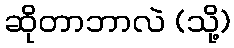
ဆိုတာဘာလဲ (သို့)